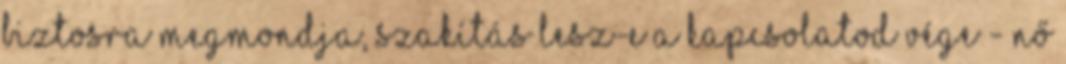
biztosra megmondja, szakítás lesz-e a kapcsolatod vége - Nő